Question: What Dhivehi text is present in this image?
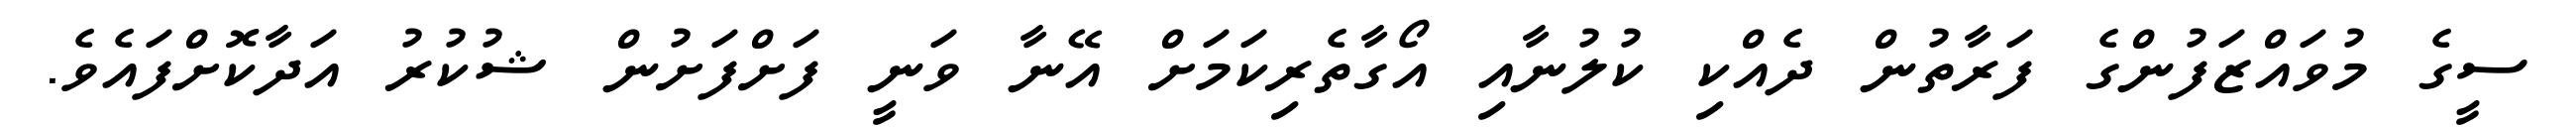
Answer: ސީގެ މުވައްޒަފުންގެ ފަރާތުން ދެއްކި ކުލުނާއި އޯގާތެރިކަމަށް އޭނާ ވަނީ ފަށްފަށުން ޝުކުރު އަދާކޮށްފައެވެ.